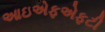
આઇએફએફટી